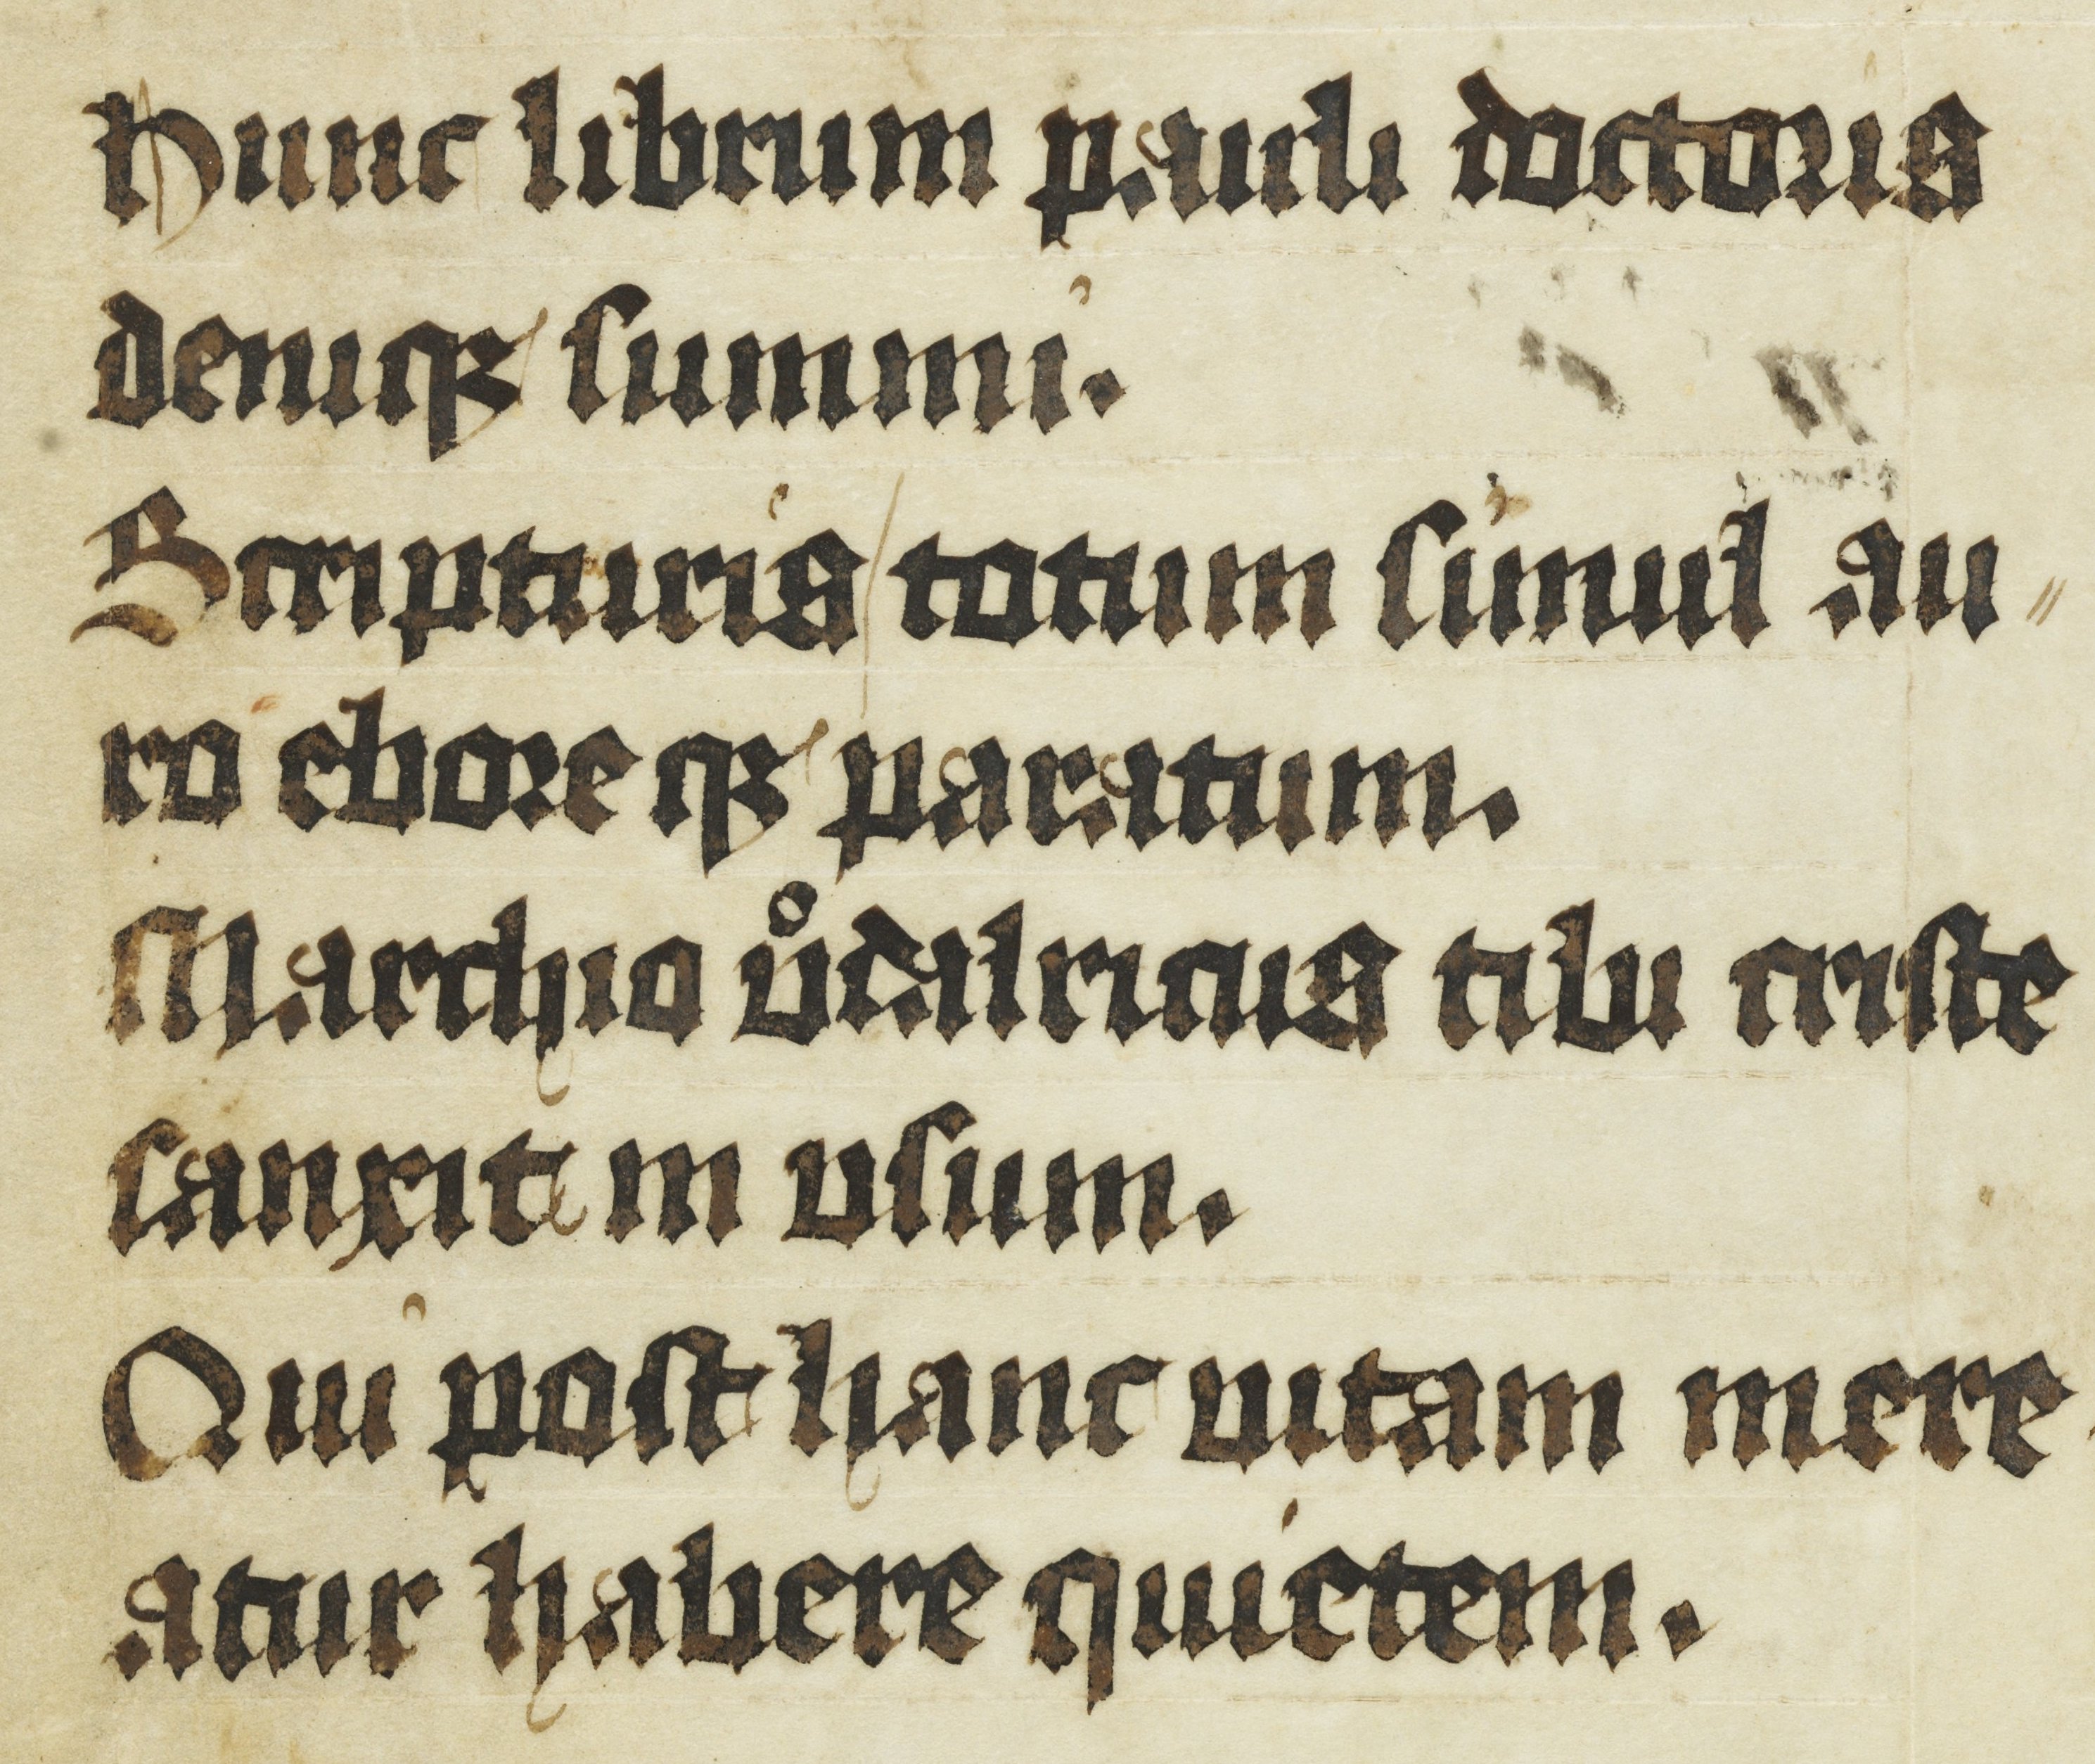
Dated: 1000–1049